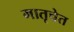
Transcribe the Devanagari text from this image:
मातृचेत